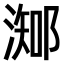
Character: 𣻩